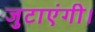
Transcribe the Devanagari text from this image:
जुटाएंगी।